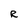
Character: R